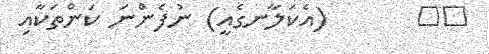
٩٢       (އެކަލާނގެއީ) ނުފެންނަ ކަންތަކާއި